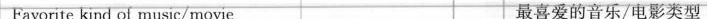
Favorite kind of music/movie 最喜爱的音乐/电影类型